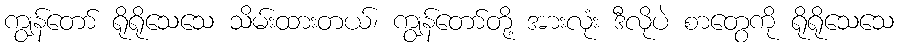
ကျွန်တော် ရိုရိုသေသေ သိမ်းထားတယ်၊ ကျွန်တော်တို့ အားလုံး ဒီလိုပဲ စာတွေကို ရိုရိုသေသေ